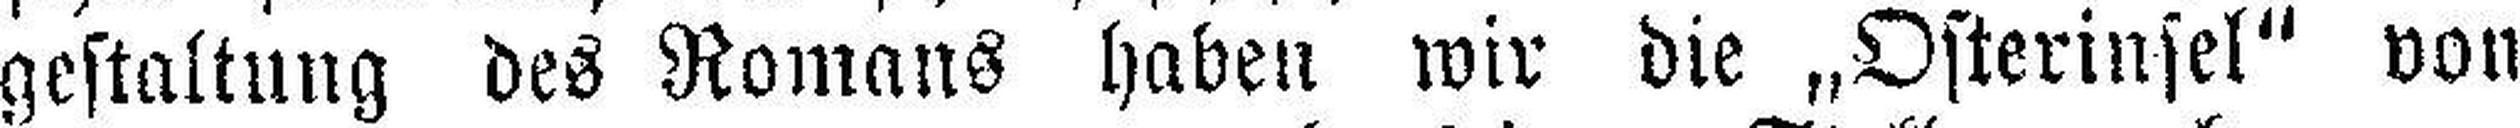
gestaltung des Romans haben wir die „Osterinsel" von